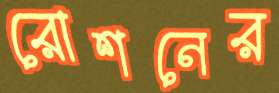
রোশনের